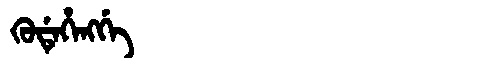
Manchu: ᡴᡠᡩᡝᡥᡝᠩᡤᡝ
Romanization: KUDEHENGGE